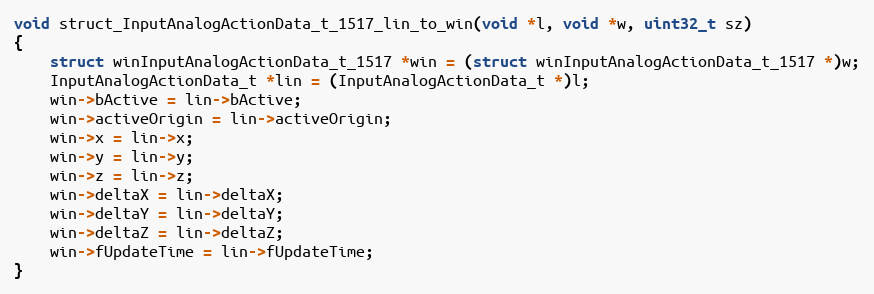
Language: C++
void struct_InputAnalogActionData_t_1517_lin_to_win(void *l, void *w, uint32_t sz)
{
    struct winInputAnalogActionData_t_1517 *win = (struct winInputAnalogActionData_t_1517 *)w;
    InputAnalogActionData_t *lin = (InputAnalogActionData_t *)l;
    win->bActive = lin->bActive;
    win->activeOrigin = lin->activeOrigin;
    win->x = lin->x;
    win->y = lin->y;
    win->z = lin->z;
    win->deltaX = lin->deltaX;
    win->deltaY = lin->deltaY;
    win->deltaZ = lin->deltaZ;
    win->fUpdateTime = lin->fUpdateTime;
}